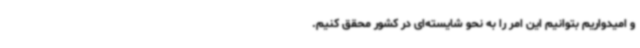
و امیدواریم بتوانیم این امر را به نحو شایسته‌ای در کشور محقق کنیم.